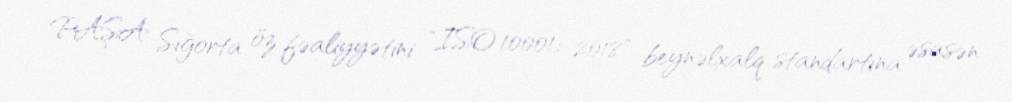
PAŞA Sığorta öz fəaliyyətini "ISO 10001: 2018" beynəlxalq standartına əsasən